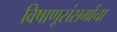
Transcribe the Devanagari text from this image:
विषाणूसंसर्गाचा